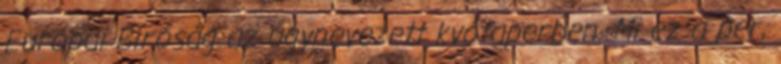
Európai Bíróság az úgynevezett kvótaperben. Mi ez a per,